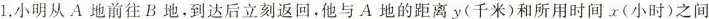
1.小明从A地前往B地，到达后立刻返回，他与A地的距离y(千米)和所用时间x(小时)之间